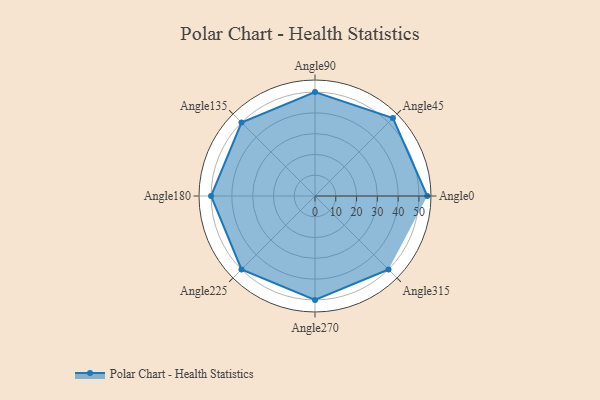
{"axis": {"x": "Angle", "y": "Radius"}, "legend": [""], "data": [{"x": "Angle0", "y": 54.0, "type": ""}, {"x": "Angle45", "y": 53.0, "type": ""}, {"x": "Angle90", "y": 50.0, "type": ""}, {"x": "Angle135", "y": 50, "type": ""}, {"x": "Angle180", "y": 50, "type": ""}, {"x": "Angle225", "y": 50, "type": ""}, {"x": "Angle270", "y": 50, "type": ""}, {"x": "Angle315", "y": 50, "type": ""}]}